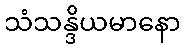
သံသန္ဒိယမာနော